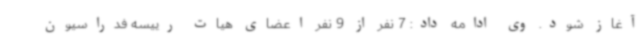
آغاز شود. وی ادامه داد: 7 نفر از 9 نفر اعضای هیات رییسه فدراسیون